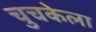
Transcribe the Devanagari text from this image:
चुचकेला